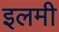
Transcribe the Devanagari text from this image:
इलमी